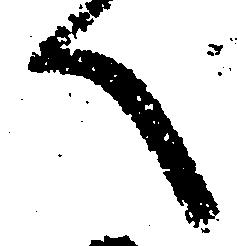
へ